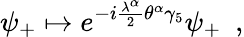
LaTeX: \psi_{+}\mapsto e^{-i{\frac{\lambda^{\alpha}}{2}}\theta^{\alpha}\gamma_{5}}\psi_{+}~~,